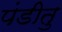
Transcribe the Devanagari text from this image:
पंडीतु